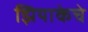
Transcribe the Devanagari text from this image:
झियाकेचे